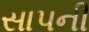
સાપની